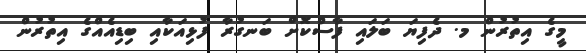
މީގެ އިތުރުން މ. ދެފިޔަ ބަލައި ފާސްކޮށް ބަނގުރާ ފުޅިއަކާއި ބިޑިއެއްގެ އިތުރުން